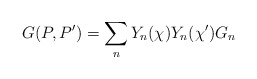
\begin{align*}G(P,P')=\sum_n Y_n(\chi )Y_n(\chi ')G_n\end{align*}